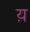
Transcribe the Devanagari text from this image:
य़